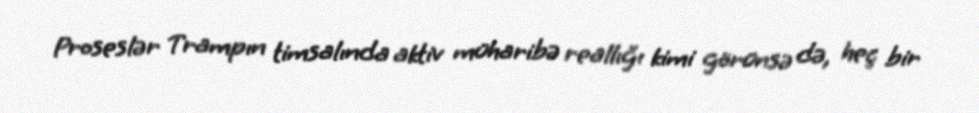
Proseslər Trampın timsalında aktiv müharibə reallığı kimi görünsə də, heç bir